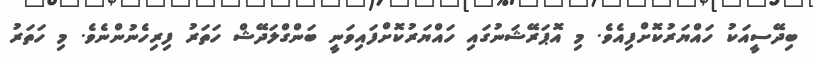
ބިދޭސީއަކު ހައްޔަރުކޮށްފިއެވެ. މި އޮޕަރޭޝަނުގައި ހައްޔަރުކޮށްފައިވަނީ ބަންގްލަދޭޝް ހަތަރު ފިރިހެނުންނެވެ. މި ހަތަރު